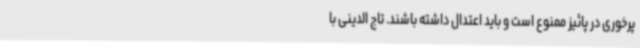
پرخوری در پائیز ممنوع است و باید اعتدال داشته باشند. تاج الدینی با